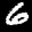
Label: 6